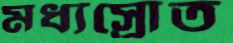
মধ্যস্রোত